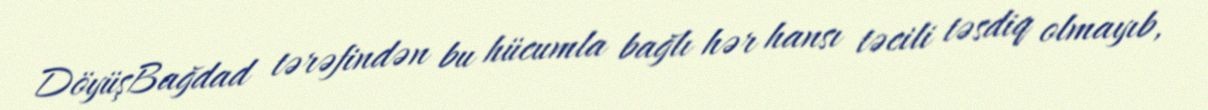
DöyüşBağdad tərəfindən bu hücumla bağlı hər hansı təcili təsdiq olmayıb,